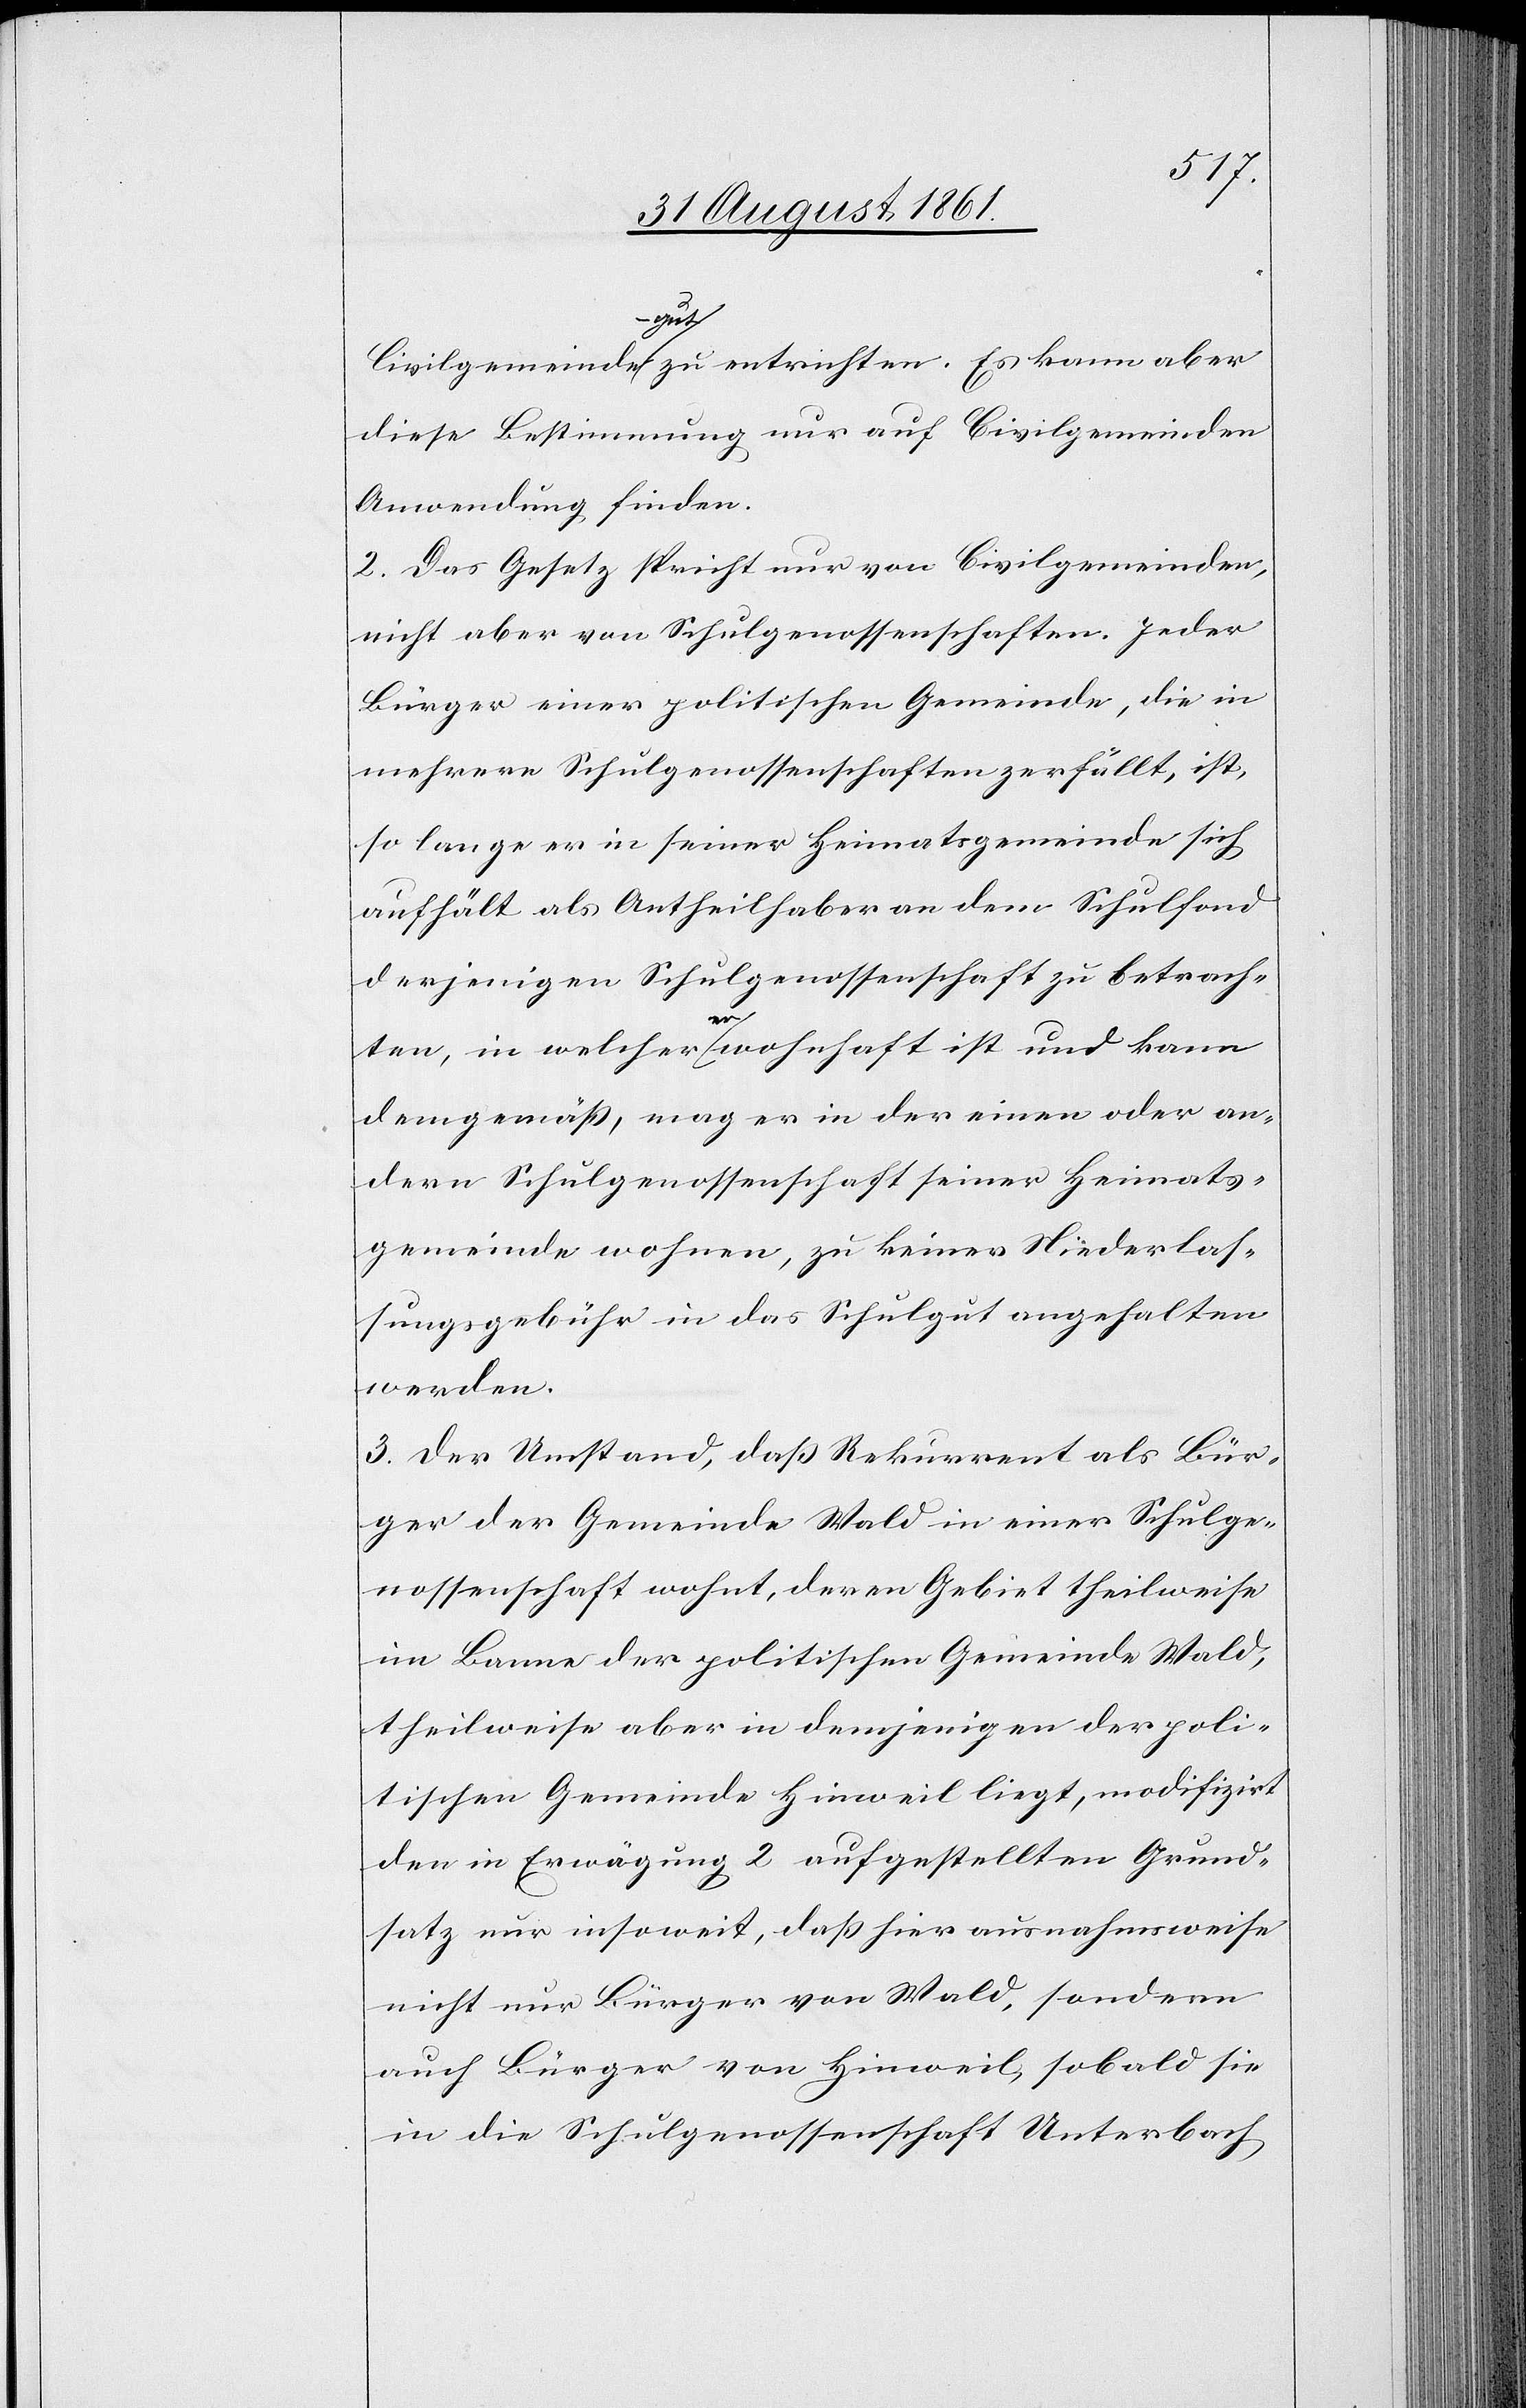
Civilgemeindegut zu entrichten. Es kann aber
diese Bestimmung nur auf Civilgemeinden
Anwendung finden.
2. Das Gesetz spricht nur von Civilgemeinden,
nicht aber von Schulgenossenschaften. Jeder
Bürger einer politischen Gemeinde, die in
mehrere Schulgenossenschaften zerfällt, ist,
so lange er in seiner Heimatsgemeinde sich
aufhält als Antheilshaber an dem Schulfond
derjenigen Schulgenossenschaft zu betrach¬
ten, in welcher er wohnhaft ist und kann
demgemäß, mag er in der einen oder an¬
dern Schulgenossenschaft seiner Heimats¬
gemeinde wohnen, zu keiner Niederlas¬
sungsgebühr in das Schulgut angehalten
werden.
3. Der Umstand, daß Rekurrent als Bür¬
ger der Gemeinde Wald in einer Schulge¬
nossenschaft wohnt, deren Gebiet theilweise
im Banne der politischen Gemeinde Wald,
theilsweise aber in demjenigen der poli¬
tischen Gemeinde Hinweil liegt, modifizirt
den in Erwägung 2 aufgestellten Grund¬
satz nur insoweit, daß hier ausnahmsweise
nicht nur Bürger von Wald, sondern
auch Bürger von Hinweil, sobald sie
in die Schulgenossenschaft Unterbach